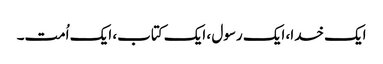
ایک خدا، ایک رسول ، ایک کتاب، ایک اُمت۔